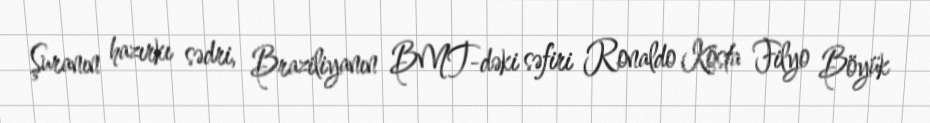
Şuranın hazırkı sədri, Braziliyanın BMT-dəki səfiri Ronaldo Kosta Filyo Böyük